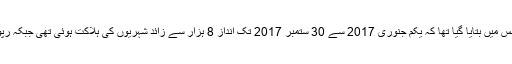
کانگریس میں پیش کردہ رپوٹ میں اقوام متحدہ کی رپورٹ کا حوالہ بھی دیا گیا ہے، جس میں بتایا گیا تھا کہ یکم جنوری 2017 سے 30 ستمبر 2017 تک اندازً 8 ہزار سے زائد شہریوں کی ہلاکت ہوئی تھی جبکہ رپورٹ کے مطابق اکتوبر اور نومبر عام شہریوں کے لیے سب سے بدترین مہینے تھے۔